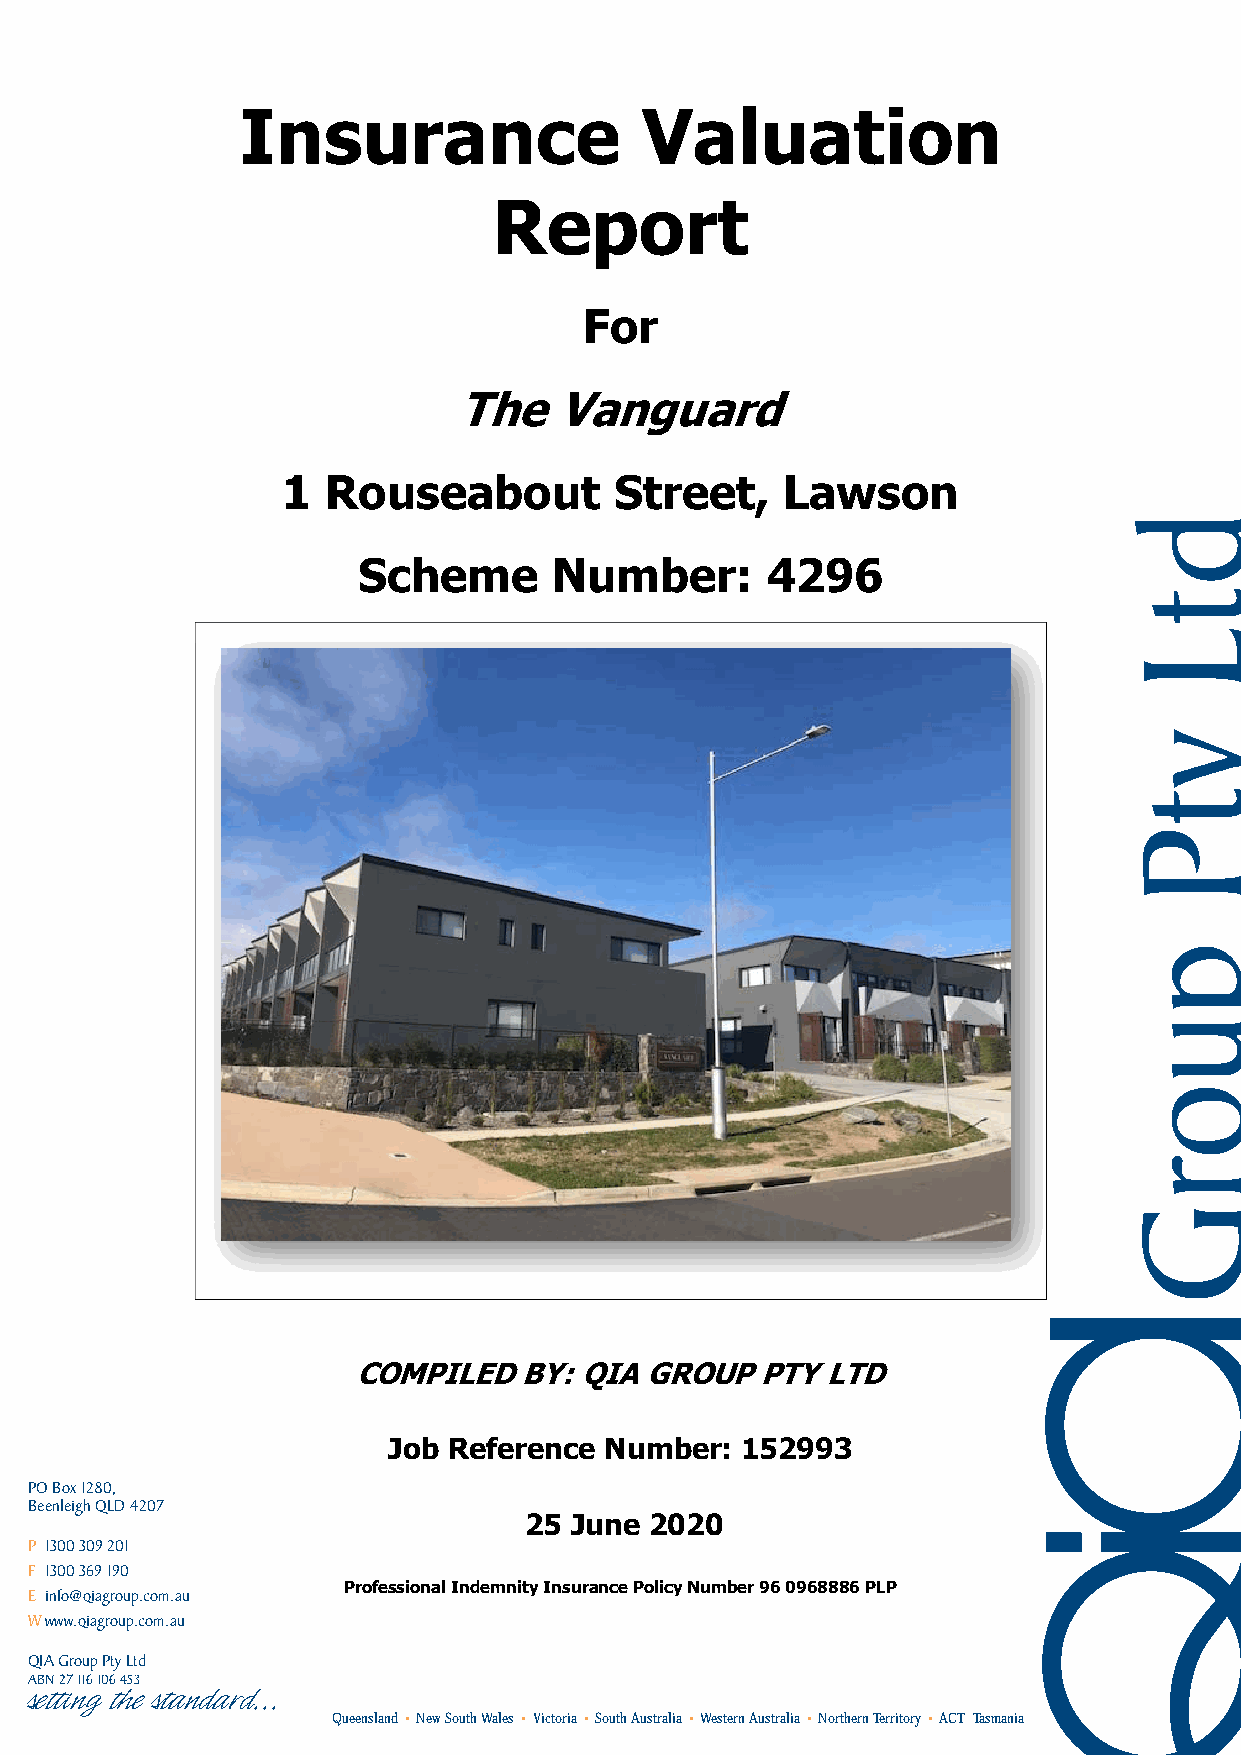
Insurance                 Valuation
 Report
 For
 The    Vanguard
 1  Rouseabout         Street,    Lawson
 Scheme       Number:       4296
 COMPILED   BY: QIA  GROUP  PTY  LTD
 Job Reference Number:  152993
 PO Box 1280,
 Beenleigh QLD 4207
 25 June 2020
 P 1300 309 201
 F 1300 369 190
 Professional Indemnity Insurance Policy Number 96 0968886 PLP
 E info@qiagroup.com.au
 W www.qiagroup.com.au
 QIA Group Pty Ltd
 ABN 27 116 106 453
 Queensland New South Wales Victoria South Australia Western Australia Northern Territory ACT Tasmania
 setting the standard...
 dtL
 ytP
 puorG